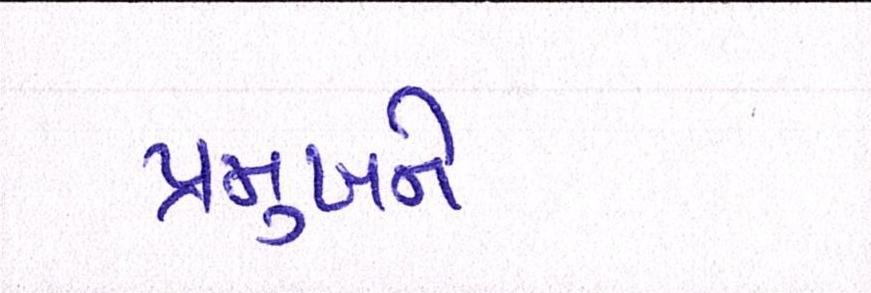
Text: પ્રમુખને